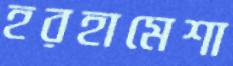
হরহামেশা